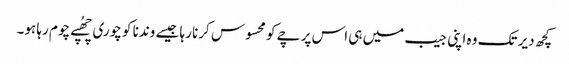
کچھ دیر تک وہ اپنی جیب میں ہی اس پرچے کو محسوس کرنا رہا جیسے وندنا کو چوری چھُپے چوم رہا ہو۔